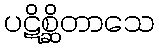
ပဋိစ္ဆိတာသေ